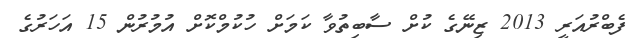
ފެބްރުއަރީ 2013 ޒިނޭގެ ކުށް ސާބިތުވާ ކަމަށް ހުކުމްކޮށް އުމުރުން 15 އަހަރުގެ